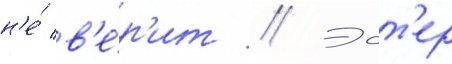
н'е́ в'е́р'ит // Эст'ер